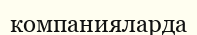
компанияларда